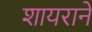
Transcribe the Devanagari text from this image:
शायराने